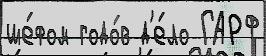
ше́фом годо́в д'е́ло ГАРФ